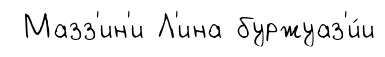
Мазз'ин'и Л'ина буржуаз'и́и